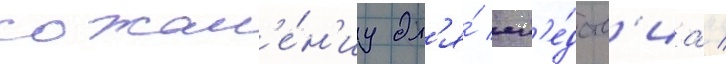
сожал'е́н'иу дл'я́ сл'е́дств'иа /